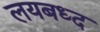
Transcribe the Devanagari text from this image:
लयबध्द